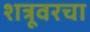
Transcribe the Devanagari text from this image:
शत्रूवरचा